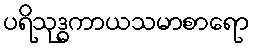
ပရိသုဒ္ဓကာယသမာစာရော